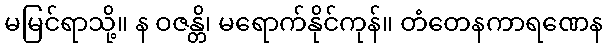
မမြင်ရာသို့။ န ဝဇန္တိ၊ မရောက်နိုင်ကုန်။ တံတေနကာရဏေန